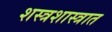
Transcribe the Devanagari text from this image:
शस्त्रशास्त्रात